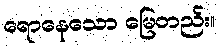
ရောနေသော မြေတည်း။